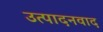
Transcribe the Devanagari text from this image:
उत्पादनवाद